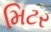
મિટર